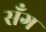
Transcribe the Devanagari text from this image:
सँग